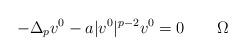
LaTeX: \begin{align*} -\Delta_p v^0 - a |v^0|^{p-2} v^0= 0 \qquad \Omega\end{align*}